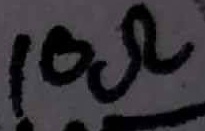
Text: 10Ω